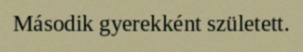
Második gyerekként született.